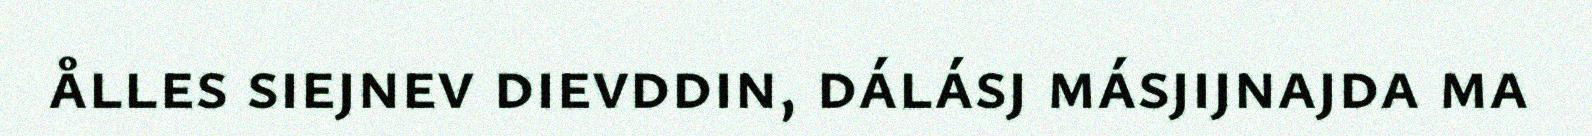
ålles siejnev dievddin, dálásj másjijnajda ma